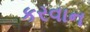
કરવાન